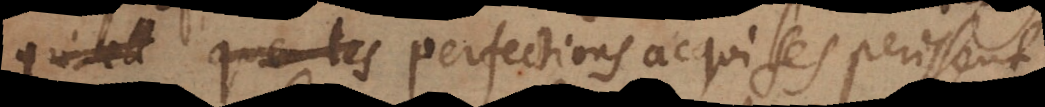
que tant de perfections acquises perissent